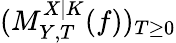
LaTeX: (M_{Y,T}^{X|K}(f))_{T\geq 0}